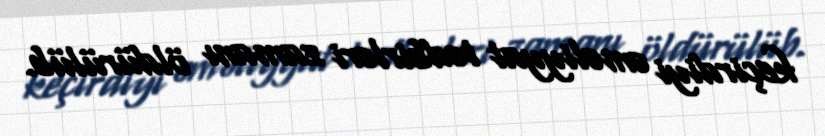
keçirdiyi əməliyyat tədbirləri zamanı öldürülüb.